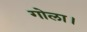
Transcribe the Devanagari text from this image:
गोला।